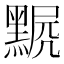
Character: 𪑣